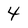
Character: 4